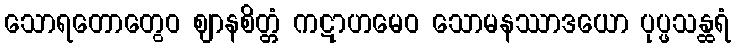
သောရတောတွေဝ ဈာနစိတ္တံ ကဋာဟမေဝ သောမနဿာဒယော ပုပ္ဖသန္ထရံ